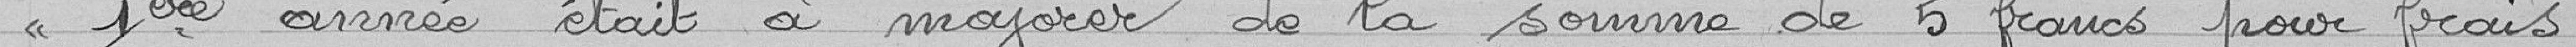
"1ère année était à majorer de la somme de 5 francs pour frais